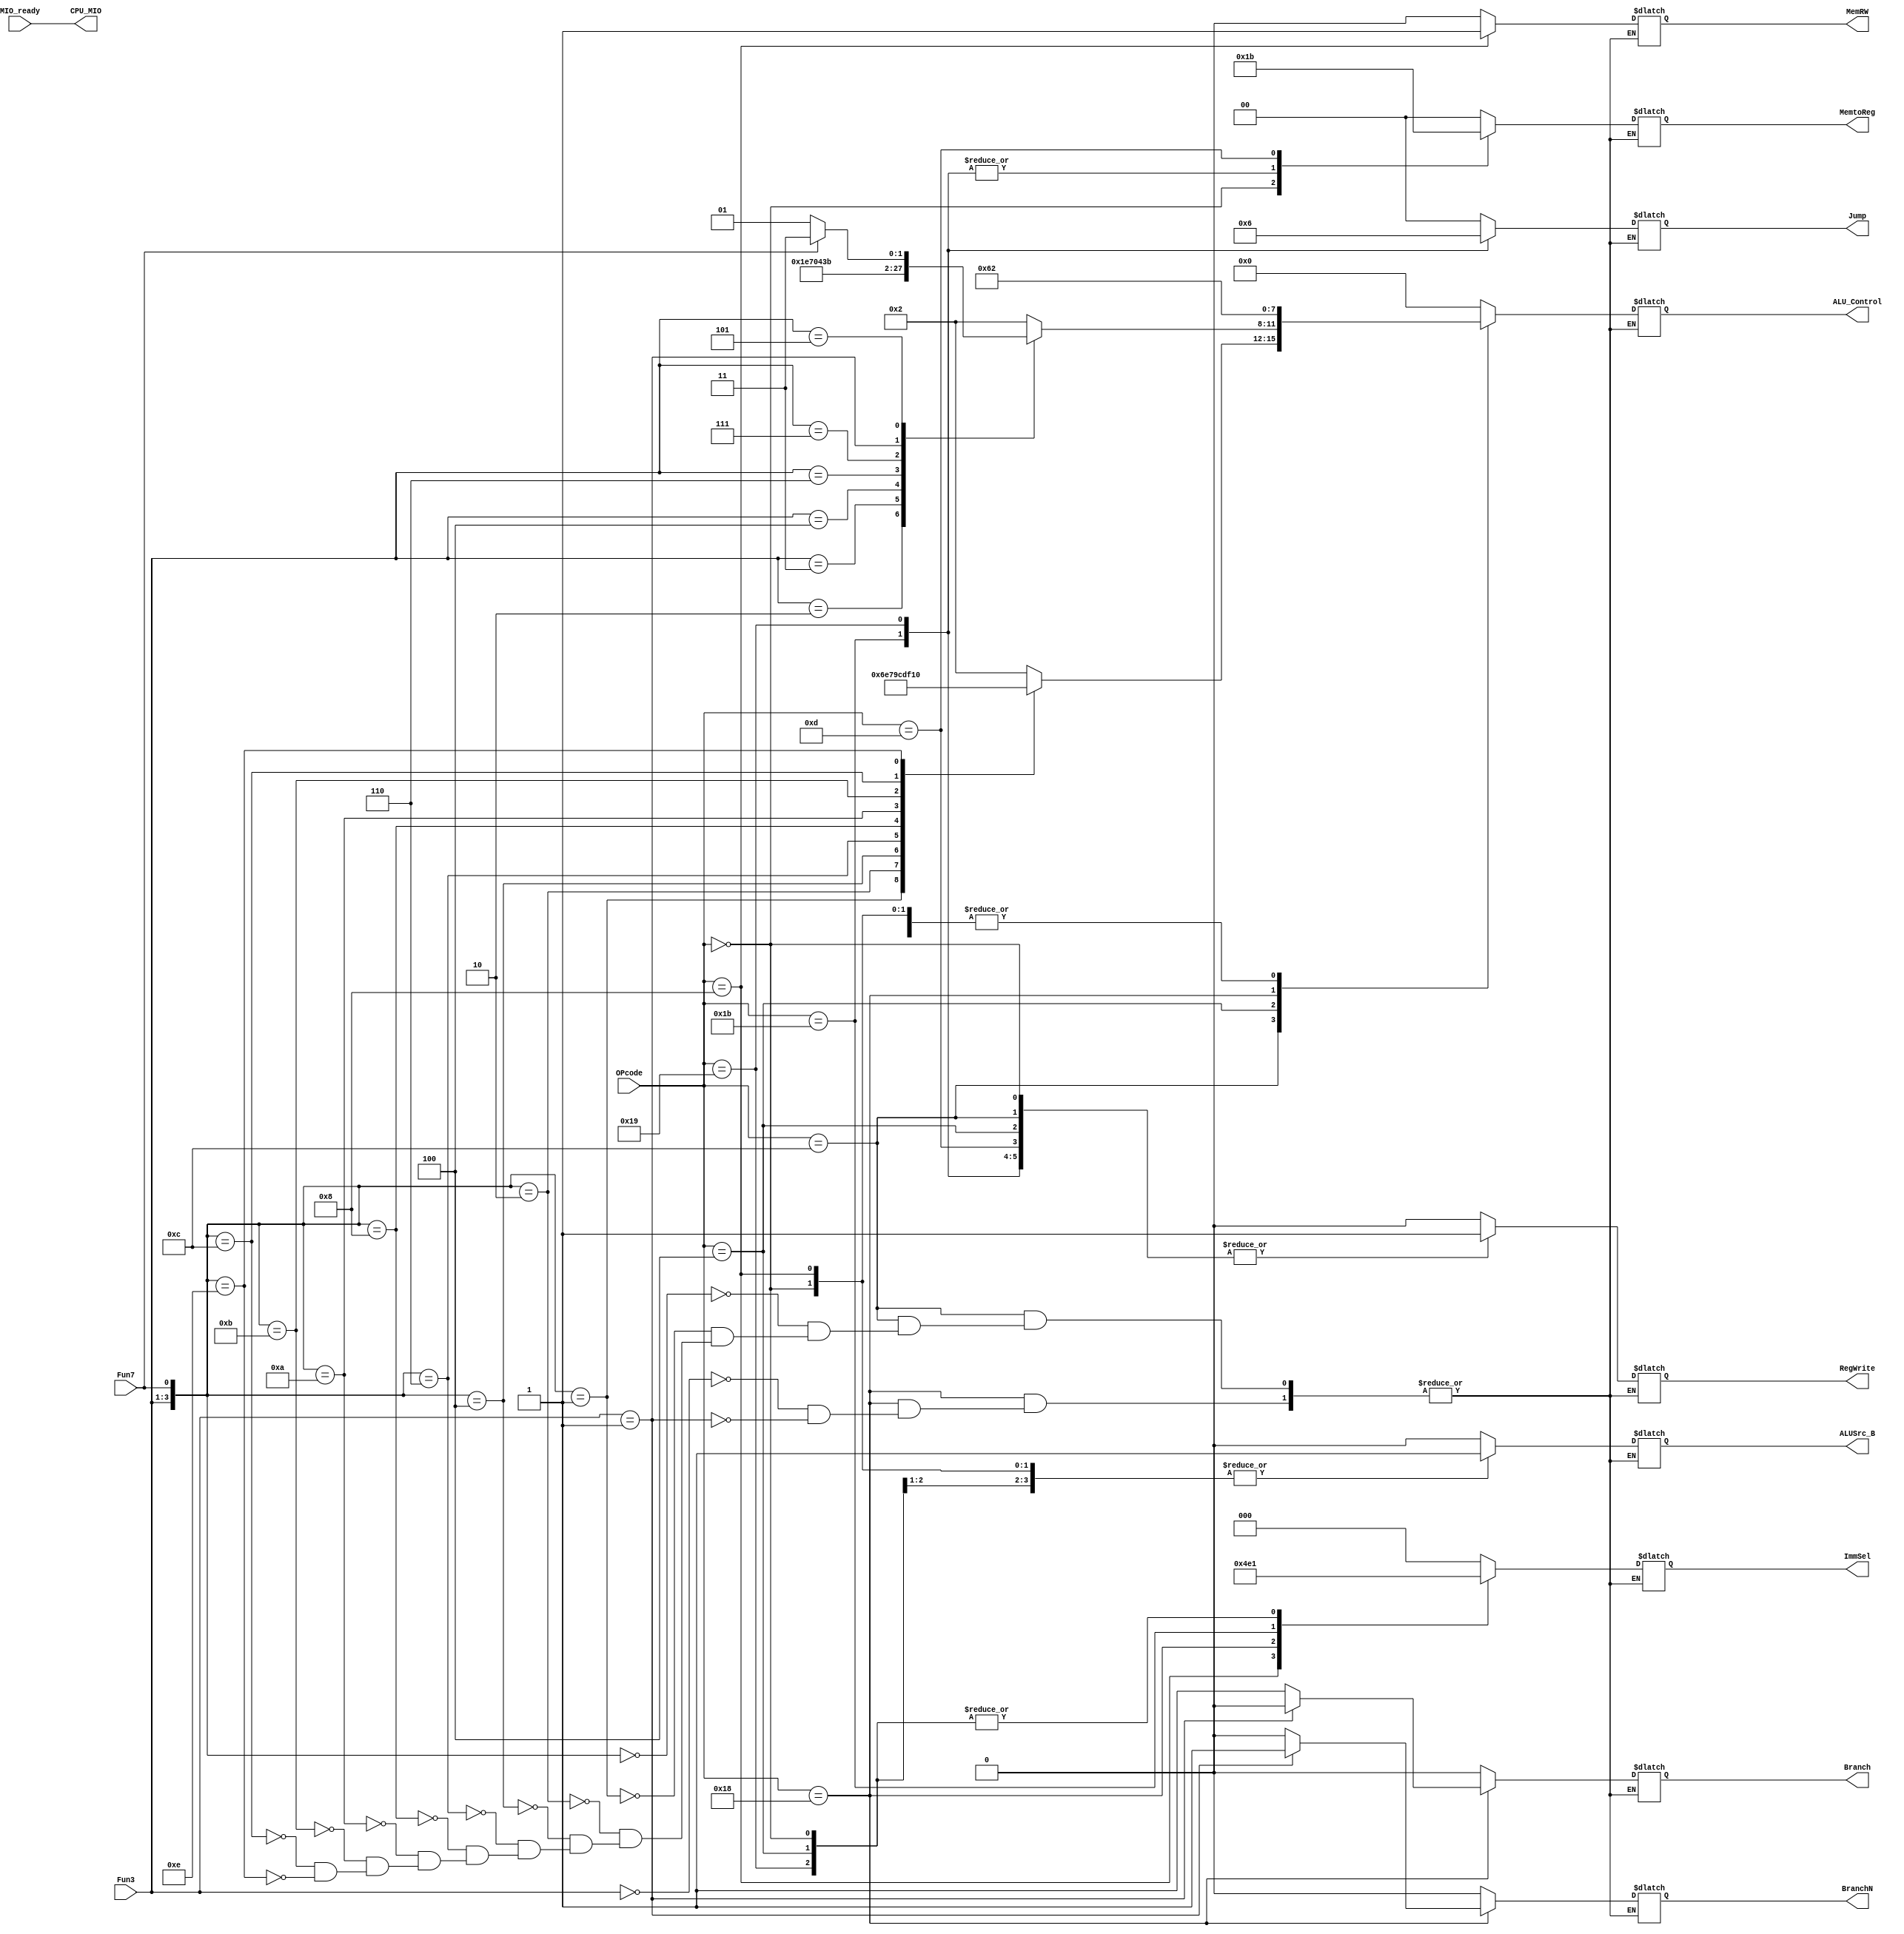
module SCPU_ctrl(
  input [4:0]       OPcode, 
  input [2:0]       Fun3,
  input             Fun7,
  input             MIO_ready,
  output reg [2:0]  ImmSel,
  output reg        ALUSrc_B,
  output reg [1:0]  MemtoReg,
  output reg [1:0]  Jump,
  output reg        Branch,
  output reg        BranchN,
  output reg        RegWrite,
  output reg        MemRW,
  output reg [3:0]  ALU_Control,
  output reg        CPU_MIO
);

  `define CPU_ctrl_signals {ALUSrc_B, MemtoReg, RegWrite, MemRW, Branch, BranchN, Jump, ALU_Control, ImmSel}
  wire [3:0] Fun;
  assign Fun = {Fun3, Fun7};
  always @* begin
    case(OPcode)
    5'b01100: // R
        case(Fun)
            4'b0000: begin `CPU_ctrl_signals = {1'b0, 2'b0, 1'b1, 1'b0, 1'b0, 1'b0, 2'b0, 4'b0010, 3'b0}; end // add
            4'b0001: begin `CPU_ctrl_signals = {1'b0, 2'b0, 1'b1, 1'b0, 1'b0, 1'b0, 2'b0, 4'b0110, 3'b0}; end // sub
            4'b0010: begin `CPU_ctrl_signals = {1'b0, 2'b0, 1'b1, 1'b0, 1'b0, 1'b0, 2'b0, 4'b1110, 3'b0}; end // sll
            4'b0100: begin `CPU_ctrl_signals = {1'b0, 2'b0, 1'b1, 1'b0, 1'b0, 1'b0, 2'b0, 4'b0111, 3'b0}; end // slt
            4'b0110: begin `CPU_ctrl_signals = {1'b0, 2'b0, 1'b1, 1'b0, 1'b0, 1'b0, 2'b0, 4'b1001, 3'b0}; end // sltu
            4'b1000: begin `CPU_ctrl_signals = {1'b0, 2'b0, 1'b1, 1'b0, 1'b0, 1'b0, 2'b0, 4'b1100, 3'b0}; end // xor
            4'b1010: begin `CPU_ctrl_signals = {1'b0, 2'b0, 1'b1, 1'b0, 1'b0, 1'b0, 2'b0, 4'b1101, 3'b0}; end // srl
            4'b1011: begin `CPU_ctrl_signals = {1'b0, 2'b0, 1'b1, 1'b0, 1'b0, 1'b0, 2'b0, 4'b1111, 3'b0}; end // sra
            4'b1100: begin `CPU_ctrl_signals = {1'b0, 2'b0, 1'b1, 1'b0, 1'b0, 1'b0, 2'b0, 4'b0001, 3'b0}; end // or
            4'b1110: begin `CPU_ctrl_signals = {1'b0, 2'b0, 1'b1, 1'b0, 1'b0, 1'b0, 2'b0, 4'b0000, 3'b0}; end // and
        endcase
    5'b00000: begin `CPU_ctrl_signals = {1'b1, 2'b1, 1'b1, 1'b0, 1'b0, 1'b0, 2'b0, 4'b0010, 3'b001}; end // load
    5'b01000: begin `CPU_ctrl_signals = {1'b1, 2'b0, 1'b0, 1'b1, 1'b0, 1'b0, 2'b0, 4'b0010, 3'b010}; end // store
    5'b00100:  // addi, slti, ...
        case(Fun3)
            3'b000: begin `CPU_ctrl_signals = {1'b1, 2'b0, 1'b1, 1'b0, 1'b0, 1'b0, 2'b0, 4'b0010, 3'b001}; end // addi
            3'b010: begin `CPU_ctrl_signals = {1'b1, 2'b0, 1'b1, 1'b0, 1'b0, 1'b0, 2'b0, 4'b0111, 3'b001}; end // slti
            3'b011: begin `CPU_ctrl_signals = {1'b1, 2'b0, 1'b1, 1'b0, 1'b0, 1'b0, 2'b0, 4'b1001, 3'b001}; end // sltiu
            3'b100: begin `CPU_ctrl_signals = {1'b1, 2'b0, 1'b1, 1'b0, 1'b0, 1'b0, 2'b0, 4'b1100, 3'b001}; end // xori
            3'b110: begin `CPU_ctrl_signals = {1'b1, 2'b0, 1'b1, 1'b0, 1'b0, 1'b0, 2'b0, 4'b0001, 3'b001}; end // ori
            3'b111: begin `CPU_ctrl_signals = {1'b1, 2'b0, 1'b1, 1'b0, 1'b0, 1'b0, 2'b0, 4'b0000, 3'b001}; end // andi
            3'b001: begin `CPU_ctrl_signals = {1'b1, 2'b0, 1'b1, 1'b0, 1'b0, 1'b0, 2'b0, 4'b1110, 3'b001}; end // slli
            3'b101: 
            begin 
                if (Fun7 == 1'b0) begin `CPU_ctrl_signals = {1'b1, 2'b0, 1'b1, 1'b0, 1'b0, 1'b0, 2'b0, 4'b1101, 3'b001}; end // srli
                else if (Fun7 == 1'b1) begin `CPU_ctrl_signals = {1'b1, 2'b0, 1'b1, 1'b0, 1'b0, 1'b0, 2'b0, 4'b1111, 3'b001}; end // srai 
            end
        endcase
    5'b11000: // B
        case(Fun3) 
        3'b000: begin `CPU_ctrl_signals = {1'b0, 2'b0, 1'b0, 1'b0, 1'b1, 1'b0, 2'b0, 4'b0110, 3'b011}; end // beq
        3'b001: begin `CPU_ctrl_signals = {1'b0, 2'b0, 1'b0, 1'b0, 1'b0, 1'b1, 2'b0, 4'b0110, 3'b011}; end // bne
        endcase
    5'b11011: begin `CPU_ctrl_signals = {1'b0, 2'b10, 1'b1, 1'b0, 1'b0, 1'b0, 2'b1, 4'b0, 3'b100}; end // jal
    5'b11001: begin `CPU_ctrl_signals = {1'b1, 2'b10, 1'b1, 1'b0, 1'b0, 1'b0, 2'b10, 4'b0010, 3'b001}; end //jalr
    5'b01101: begin `CPU_ctrl_signals = {1'b0, 2'b11, 1'b1, 1'b0, 1'b0, 1'b0, 2'b0, 4'b0, 3'b000}; end // lui
    default: begin `CPU_ctrl_signals = {1'b0, 2'b00, 1'b0, 1'b0, 1'b0, 1'b0, 2'b0, 4'b0, 3'b000}; end 

        endcase 
        CPU_MIO = MIO_ready;
  end
  

endmodule